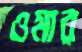
ওমার